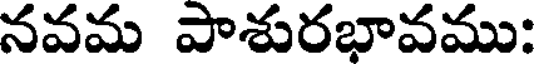
నవమ పాశురభావము: